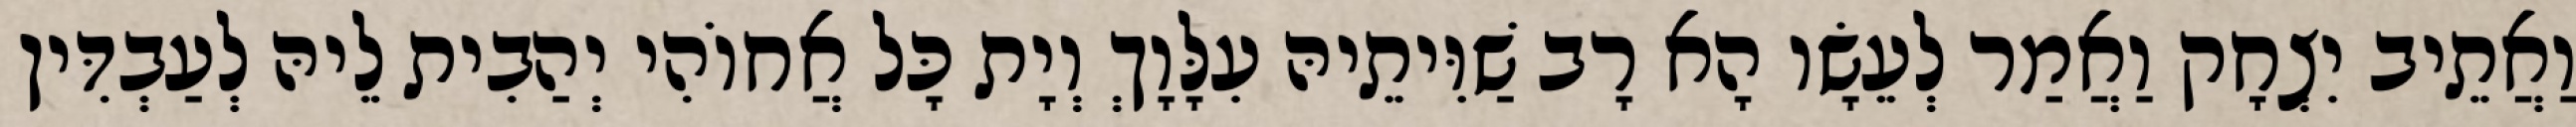
וַאֲתֵיב יִצְחָק וַאֲמַר לְעֵשָׂו הָא רָב שַׁוִּיתֵיהּ עִלָּוָךְ וְיָת כָּל אֲחוֹהִי יְהַבִית לֵיהּ לְעַבְדִּין